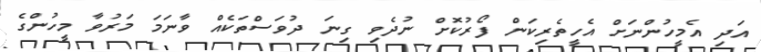
އަދި އެމީހުންނަށް އެހީތެރިކަން ފޯރުކޮށް ނުދެވި ގިނަ ދުވަސްތަކެއް ވާނަމަ މަރުވާ މީހުންގެ